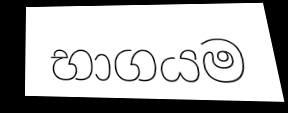
භාගයම